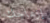
إزعاجك